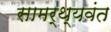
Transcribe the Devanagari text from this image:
सामर्थ्यवंत